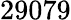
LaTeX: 29079